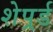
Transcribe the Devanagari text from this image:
शेपर्र्ड